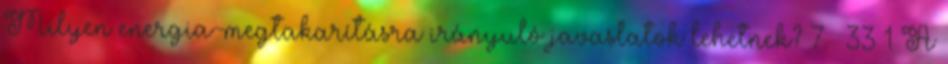
Milyen energia-megtakarításra irányuló javaslatok lehetnek? 7. §33 1 A